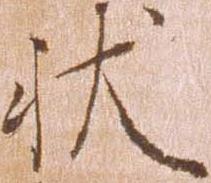
状